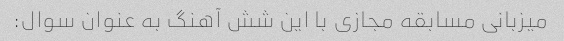
میزبانی مسابقه مجازی با این شش آهنگ به عنوان سوال: